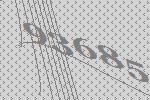
93685